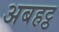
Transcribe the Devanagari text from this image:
अबहट्ठ